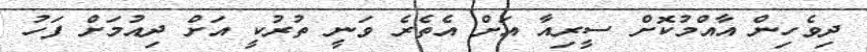
ދިވެހިން އާއްމުކޮށް ސީރިއާ އަށް އެތެރެ ވަނީ ތުރުކީ އަށް ދިއުމަށް ފަހު